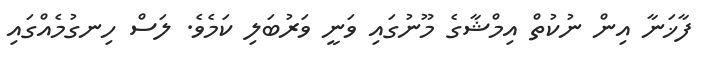
ފާޚަނާ އިން ނުކުތް އިމްޝާގެ މޫނުގައި ވަނީ ވަރުބަލި ކަމެވެ. ލަސް ހިނގުމެއްގައި